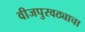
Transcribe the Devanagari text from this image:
वीजपुरवठ्याचा